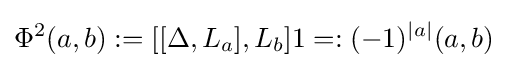
\Phi ^{2}(a,b):=[[\Delta ,L_{a}],L_{b}]1=:(-1)^{\left|a\right|}(a,b)